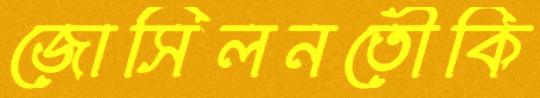
জোসিলনতৌকি